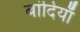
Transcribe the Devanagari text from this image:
बांदियाँ